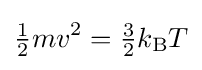
{\tfrac {1}{2}}mv^{2}={\tfrac {3}{2}}k_{\rm {B}}T